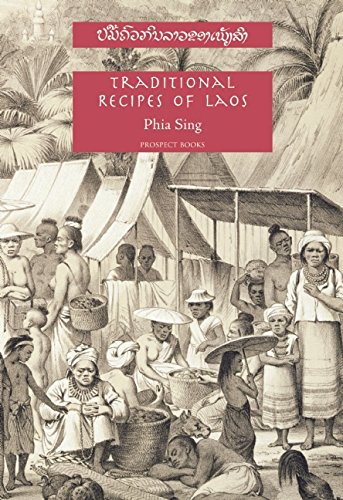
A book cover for Traditional Recipes of Laos; Phia Sing; Cookbooks, Food & Wine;